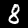
Label: 8